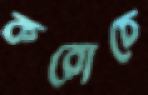
করোচে